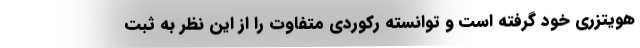
هویتزری خود گرفته است و توانسته رکوردی متفاوت را از این نظر به ثبت